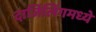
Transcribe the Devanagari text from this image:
दार्जिलिंगमध्ये